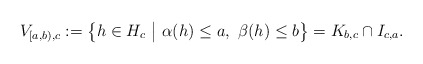
\begin{align*} V_{[a,b),c} & :=\big\{ h\in H_c\ \big|\ \alpha(h)\leq a,\ \beta(h)\leq b \big\}=K_{b,c}\cap I_{c,a}.\end{align*}